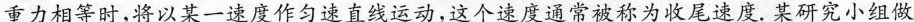
重力相等时，将以某一速度作匀速直线运动，这个速度通常被称为收尾速度。某研究小组做